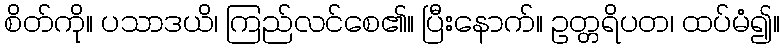
စိတ်ကို။ ပသာဒယိ၊ ကြည်လင်စေ၏။ ပြီးနောက်။ ဥတ္တရိပတ၊ ထပ်မံ၍။